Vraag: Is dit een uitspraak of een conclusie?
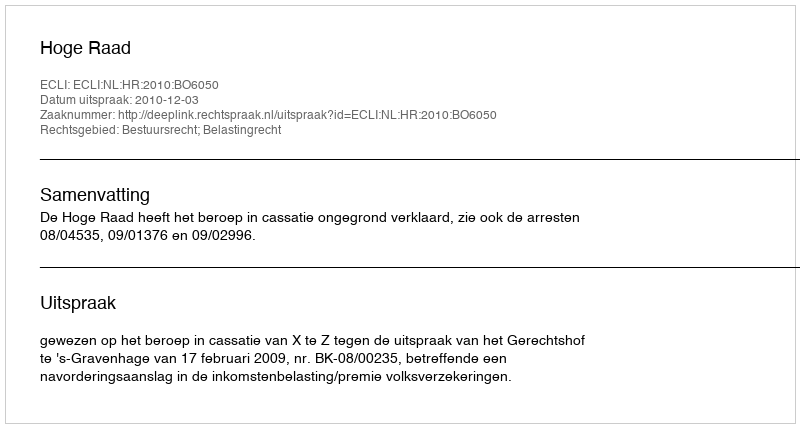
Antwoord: Uitspraak